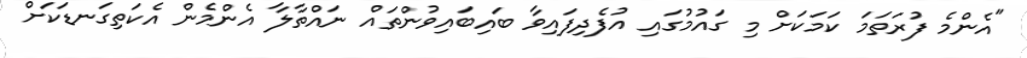
"އެންމެ ފުރަތަމަ ކަމަކަށް މި ގައުމުގައި އުފެދިފައިވާ ބައިބައިވުންތައް ނައްތާލާ އެންމެން އެކަތިގަނޑަކަށް